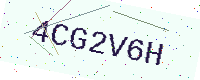
Text: 4CG2V6H